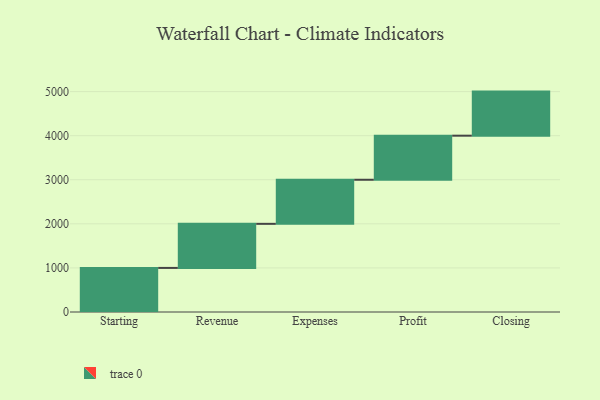
{"axis": {"x": "Step", "y": "Value"}, "legend": [""], "data": [{"x": "Starting", "y": 1000, "type": ""}, {"x": "Revenue", "y": 1000, "type": ""}, {"x": "Expenses", "y": 1000, "type": ""}, {"x": "Profit", "y": 1000, "type": ""}, {"x": "Closing", "y": 1000, "type": ""}]}